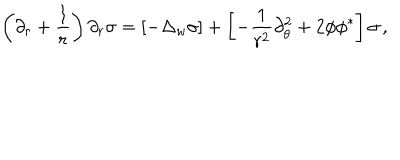
\left( \partial _ { r } + \frac 1 r \right) \partial _ { r } \sigma = \left[ - \Delta _ { w } \sigma \right] + \left[ - \frac 1 { r ^ { 2 } } \partial _ { \theta } ^ { 2 } + 2 \phi \phi ^ { * } \right] \sigma \, ,